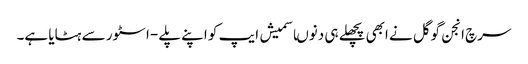
سرچ انجن گوگل نے ابھی پچھلے ہی دنوںاسمیش ایپ کو اپنے پلے -اسٹور سے ہٹایا ہے۔